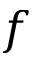
f